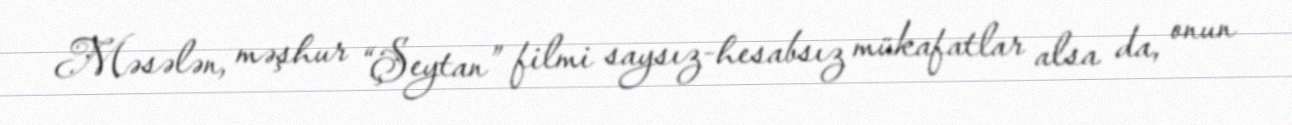
Məsələn, məşhur “Şeytan” filmi saysız-hesabsız mükafatlar alsa da, onun